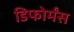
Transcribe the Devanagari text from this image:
डिफोर्मंस